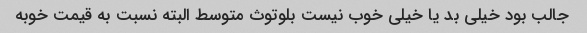
جالب بود خیلی بد یا خیلی خوب نیست بلوتوث متوسط البته نسبت به قیمت خوبه